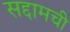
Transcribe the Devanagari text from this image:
सद्दामची